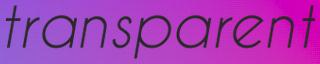
transparent